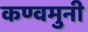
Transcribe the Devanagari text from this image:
कण्वमुनी